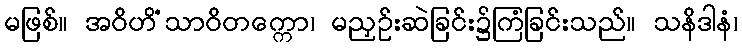
မဖြစ်။ အဝိဟိံသာဝိတက္ကော၊ မညှဉ်းဆဲခြင်း၌ကြံခြင်းသည်။ သနိဒါနံ၊